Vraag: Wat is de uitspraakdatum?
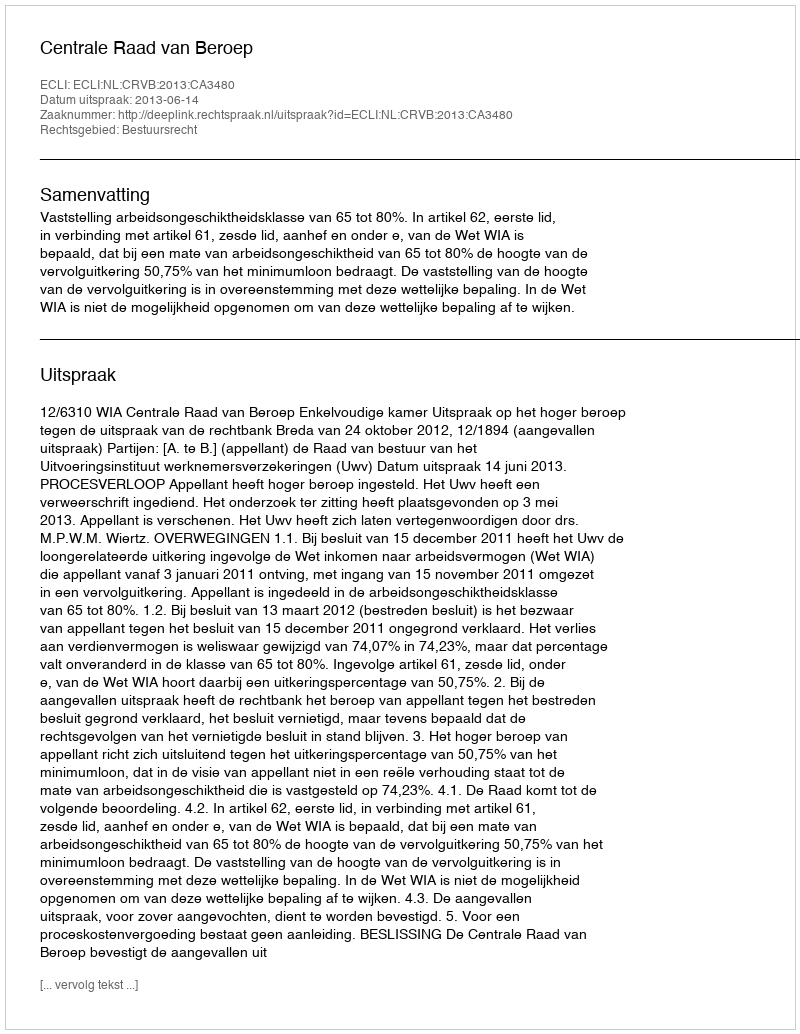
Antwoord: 2013-06-14